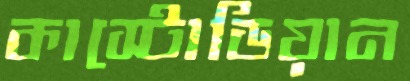
কাস্টোডিয়ান